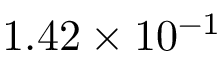
1 . 4 2 \times 1 0 ^ { - 1 }